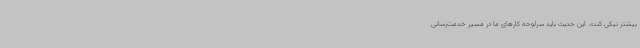
بیشتر نیکی کند». این حدیث باید سرلوحه کارهای ما در مسیر خدمت‌رسانی